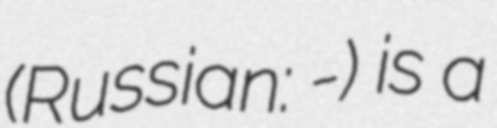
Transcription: (Russian: Салтага-Тас) is a